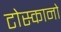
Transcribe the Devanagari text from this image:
टोस्कानो